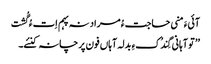
آئیءَ منی حاجت ءُ مراد نہ پہم اِت ءُ گُشت
’’ تو آہانی گِندُکءِ بدلہ آہاں فون پرچانہ کنئے۔